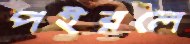
পইরলে